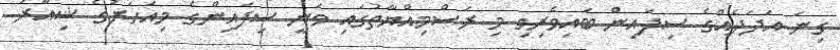
ގިނަ އަދަދެއްގެ ސިފައިން ބައިވެރިވި މި ރަސްމިއްޔާތުގައި ވަނީ ސިފައިންގެ މިއަހަރުގެ ޝިއާރު